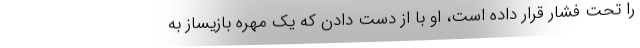
را تحت فشار قرار داده است، او با از دست دادن که یک مهره بازیساز به